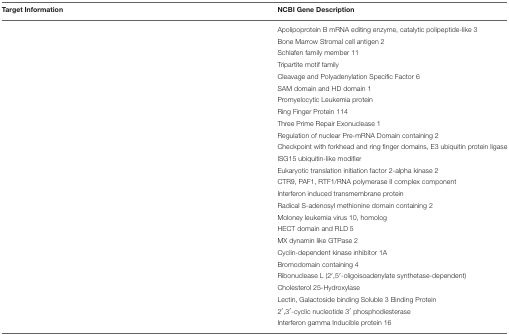
<table><thead><tr><td><b>Target Information</b></td><td><b>NCBI Gene Description</b></td></tr></thead><tbody><tr><td>[EMPTY_CELL]</td><td>Apolipoprotein B mRNA editing enzyme, catalytic polipeptide-like 3</td></tr><tr><td>[EMPTY_CELL]</td><td>Bone Marrow Stromal cell antigen 2</td></tr><tr><td>[EMPTY_CELL]</td><td>Schlafen family member 11</td></tr><tr><td>[EMPTY_CELL]</td><td>Tripartite motif family</td></tr><tr><td>[EMPTY_CELL]</td><td>Cleavage and Polyadenylation Specific Factor 6</td></tr><tr><td>[EMPTY_CELL]</td><td>SAM domain and HD domain 1</td></tr><tr><td>[EMPTY_CELL]</td><td>Promyelocytic Leukemia protein</td></tr><tr><td>[EMPTY_CELL]</td><td>Ring Finger Protein 114</td></tr><tr><td>[EMPTY_CELL]</td><td>Three Prime Repair Exonuclease 1</td></tr><tr><td>[EMPTY_CELL]</td><td>Regulation of nuclear Pre-mRNA Domain containing 2</td></tr><tr><td>[EMPTY_CELL]</td><td>Checkpoint with forkhead and ring finger domains, E3 ubiquitin protein ligase</td></tr><tr><td>[EMPTY_CELL]</td><td>ISG15 ubiquitin-like modifier</td></tr><tr><td>[EMPTY_CELL]</td><td>Eukaryotic translation initiation factor 2-alpha kinase 2</td></tr><tr><td>[EMPTY_CELL]</td><td>CTR9, PAF1, RTF1/RNA polymerase II complex component</td></tr><tr><td>[EMPTY_CELL]</td><td>Interferon induced transmembrane protein</td></tr><tr><td>[EMPTY_CELL]</td><td>Radical S-adenosyl methionine domain containing 2</td></tr><tr><td>[EMPTY_CELL]</td><td>Moloney leukemia virus 10, homolog</td></tr><tr><td>[EMPTY_CELL]</td><td>HECT domain and RLD 5</td></tr><tr><td>[EMPTY_CELL]</td><td>MX dynamin like GTPase 2</td></tr><tr><td>[EMPTY_CELL]</td><td>Cyclin-dependent kinase inhibitor 1A</td></tr><tr><td>[EMPTY_CELL]</td><td>Bromodomain containing 4</td></tr><tr><td>[EMPTY_CELL]</td><td>Ribonuclease L (2′,5′-oligoisoadenylate synthetase-dependent)</td></tr><tr><td>[EMPTY_CELL]</td><td>Cholesterol 25-Hydroxylase</td></tr><tr><td>[EMPTY_CELL]</td><td>Lectin, Galactoside binding Soluble 3 Binding Protein</td></tr><tr><td>[EMPTY_CELL]</td><td>2′,3′-cyclic nucleotide 3′ phosphodiesterase</td></tr><tr><td>[EMPTY_CELL]</td><td>Interferon gamma Inducible protein 16</td></tr></tbody></table>